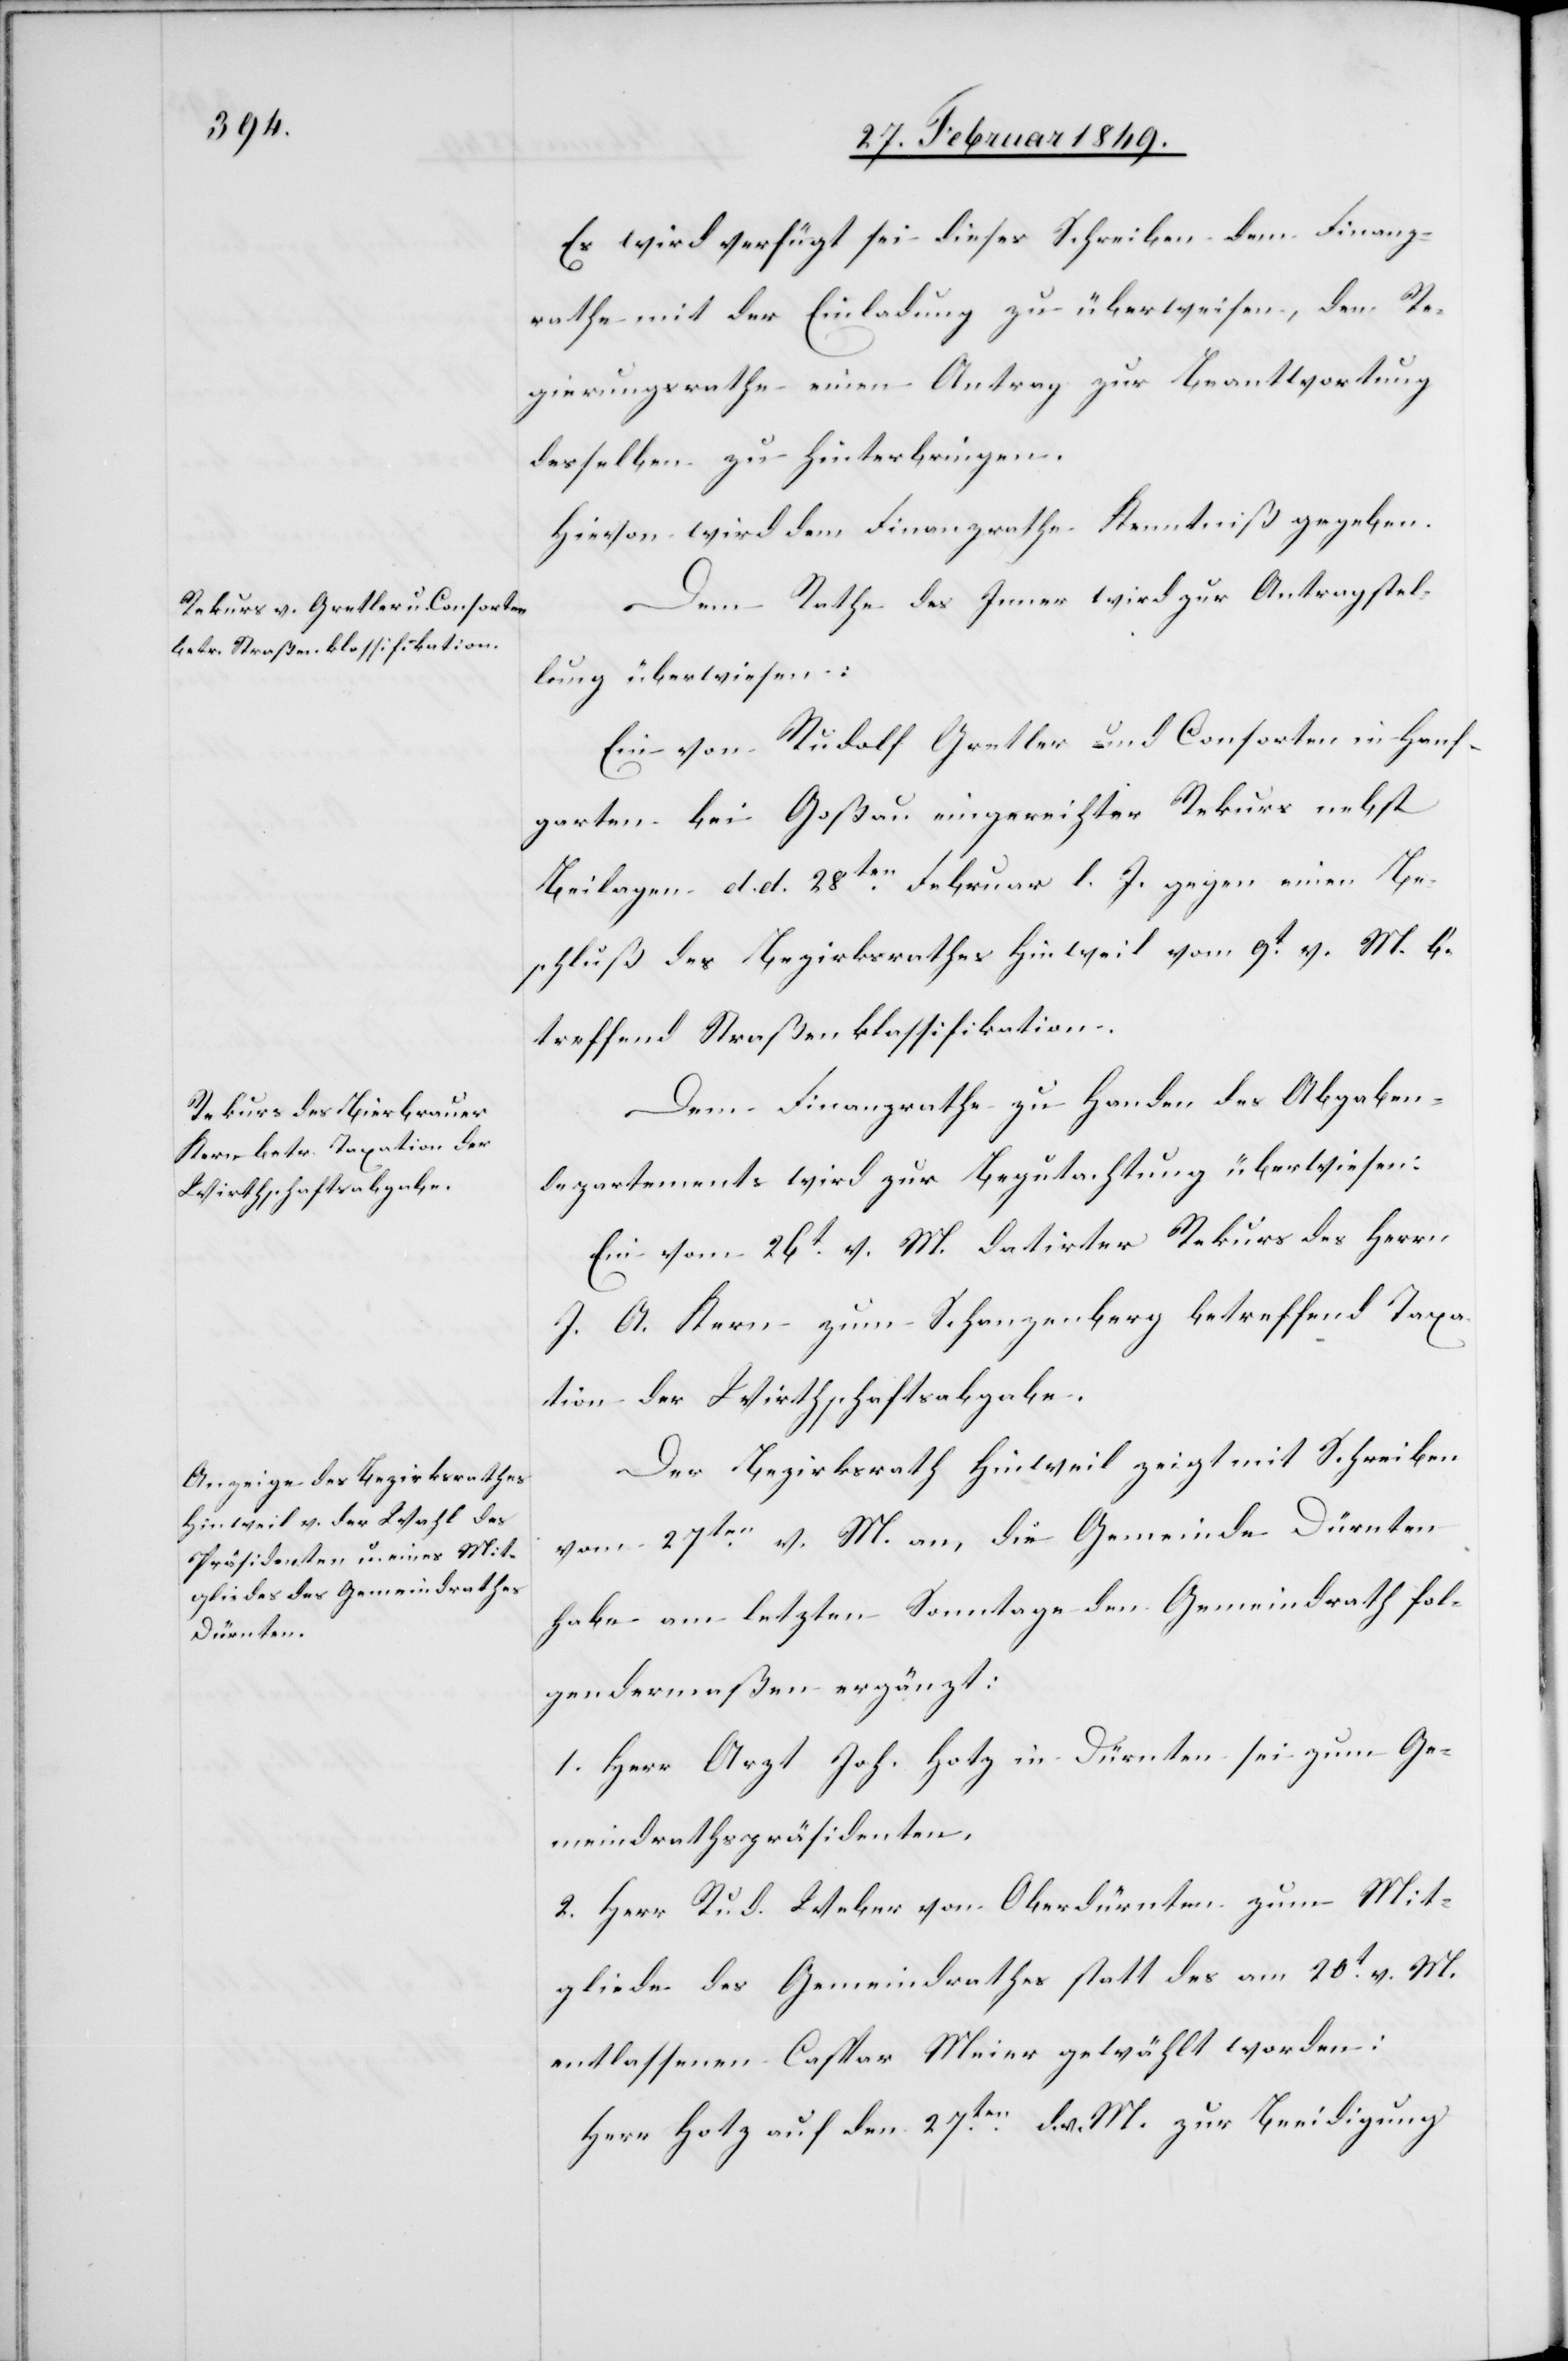
Es wird verfügt sei dieses Schreiben dem Finanz¬
rathe mit der Einladung zu überweisen, dem Re¬
gierungsrathe einen Antrag zur Beantwortung
desselben zu hinterbringen.
Hievon wird dem Finanzrathe Kenntniß gegeben.
Dem Rathe des Innern wird zur Antragstel¬
lung überwiesen:
Ein von Rudolf Gretler und Consorten in Hanf¬
garten bei Goßau eingereichter Rekurs nebst
Beilagen d. d. 28ten. Februar l. J. gegen einen Be¬
schluß des Bezirksrathes Hinweil vom 9t. v. M. be¬
treffend Straßenklassifikation.
Dem Finanzrathe zu Handen des Abgaben¬
departements wird zur Begutachtung überwiesen:
Ein vom 26t. v. M. datirter Rekurs des Herrn
J. A. Kern zum Schanzenberg betreffend Taxa¬
tion der Wirthschaftsabgabe.
Der Bezirksrath Hinweil zeigt mit Schreiben
vom 27ten. v. M. an, die Gemeinde Dürnten
habe am letzten Sonntage den Gemeindrath fol¬
gendermaßen ergänzt:
1. Herr Arzt Joh. Hotz in Dürnten sei zum Ge¬
meindrathspräsidenten,
2. Herr Rud. Weber von Oberdürnten zum Mit¬
gliede des Gemeindrathes statt des am 20t. v. M.
entlassenen Caspar Meier gewählt worden:
Herr Hotz auf den 27.ten. d. v. M. zur Beeidigung